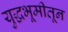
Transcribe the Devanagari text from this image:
युद्धभूमीतून